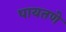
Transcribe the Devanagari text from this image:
पायतणे